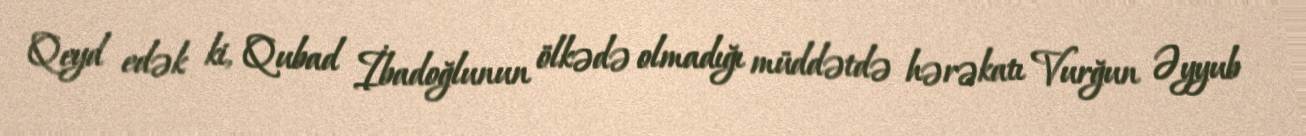
Qeyd edək ki, Qubad İbadoğlunun ölkədə olmadığı müddətdə hərəkatı Vurğun Əyyub